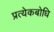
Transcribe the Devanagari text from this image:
प्रत्येकबोधि